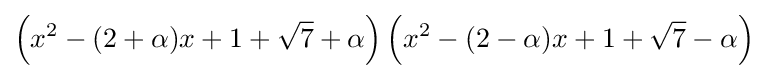
\left(x^{2}-(2+\alpha )x+1+{\sqrt {7}}+\alpha \right)\left(x^{2}-(2-\alpha )x+1+{\sqrt {7}}-\alpha \right)